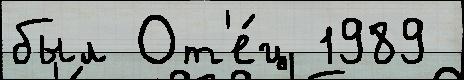
был От'е́ц 1989